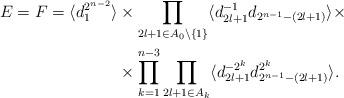
LaTeX: \begin{align*}E=F=\langle d_1^{2^{n-2}}\rangle&\times \prod_{2l+1\in A_0\setminus\{1\}}\langle d_{2l+1}^{-1}d_{2^{n-1}-(2l+1)}\rangle\times\\&\times\prod_{k=1}^{n-3}\prod_{2l+1\in A_k}\langle d_{2l+1}^{-2^k}d_{2^{n-1}-(2l+1)}^{2^k}\rangle.\end{align*}